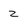
Character: Z